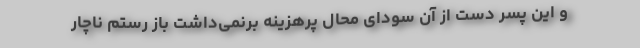
و این پسر دست از آن سودای محالِ پرهزینه برنمی‌داشت باز رستم ناچار